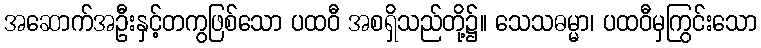
အဆောက်အဦးနှင့်တကွဖြစ်သော ပထဝီ အစရှိသည်တို့၌။ သေသဓမ္မာ၊ ပထဝီမှကြွင်းသော